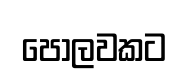
පොලවකට